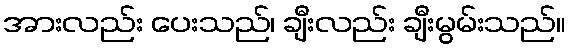
အားလည်း ပေးသည်၊ ချီးလည်း ချီးမွမ်းသည်။